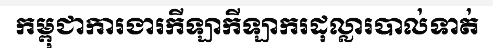
កម្ពុជាការងារកីឡាកីឡាករដុល្លារបាល់ទាត់